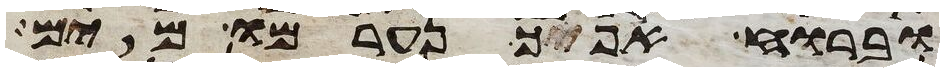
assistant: וברוח אפך נערמו מים